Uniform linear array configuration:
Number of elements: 4
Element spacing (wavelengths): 1
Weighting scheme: uniform
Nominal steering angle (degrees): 45
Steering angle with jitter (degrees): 44.624
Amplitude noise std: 0.05
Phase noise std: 0.05

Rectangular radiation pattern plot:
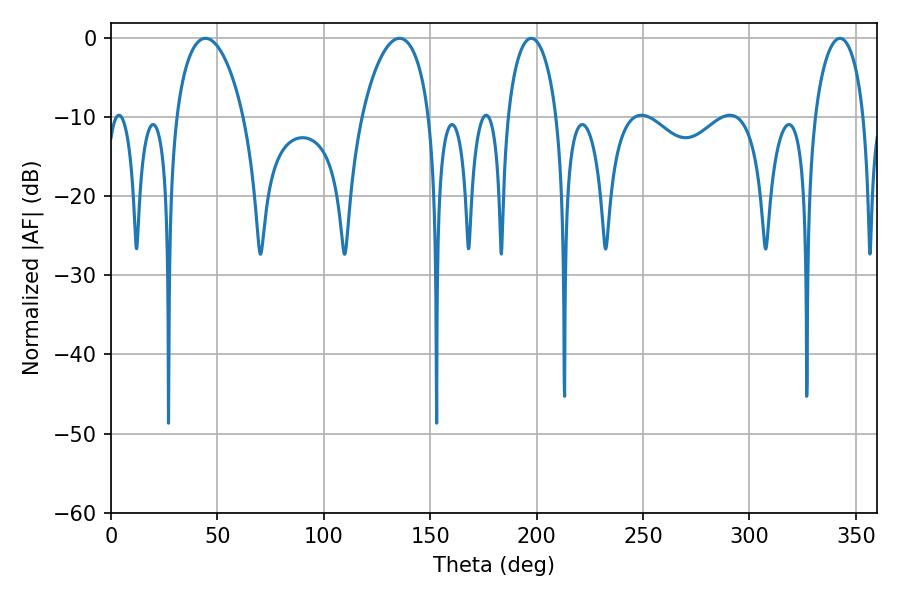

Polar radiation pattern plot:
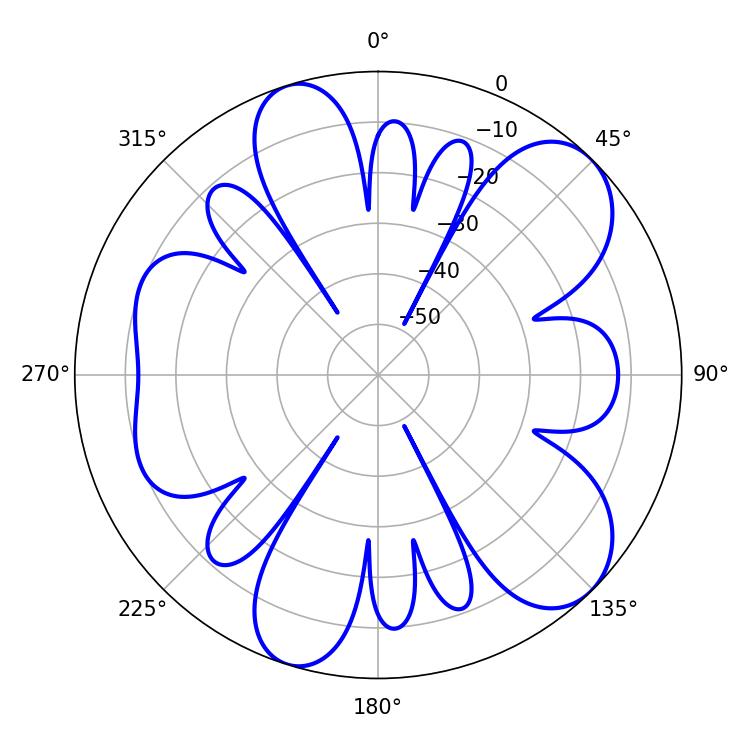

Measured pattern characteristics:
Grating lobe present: TRUE
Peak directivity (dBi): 9.086
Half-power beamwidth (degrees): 13.32
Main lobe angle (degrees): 197.46